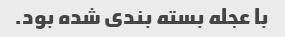
با عجله بسته بندی شده بود.